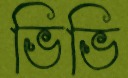
ভিভি